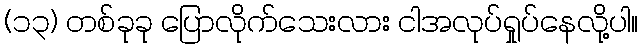
(၁၃) တစ်ခုခု ပြောလိုက်သေးလား ငါအလုပ်ရှုပ်နေလို့ပါ။